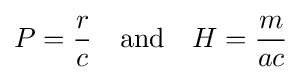
P={\frac {r}{c}}\quad {\text{and}}\quad H={\frac {m}{ac}}